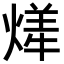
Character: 㷣